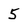
Character: 5